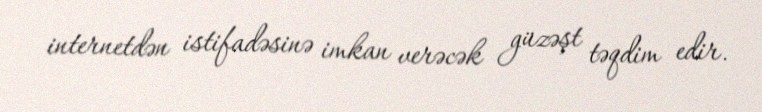
internetdən istifadəsinə imkan verəcək güzəşt təqdim edir.